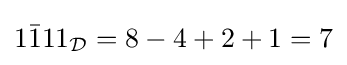
1{\bar {1}}11_{\mathcal {D}}=8-4+2+1=7